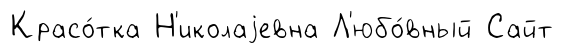
Красо́тка Н'иколаjевна Л'юбо́вный Сайт